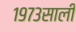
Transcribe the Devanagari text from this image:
१९७३साली